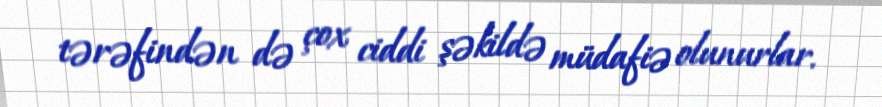
tərəfindən də çox ciddi şəkildə müdafiə olunurlar.